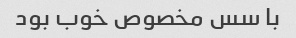
با سس مخصوص خوب بود